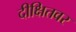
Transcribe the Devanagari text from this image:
दीक्षितवर